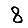
Digit: 8